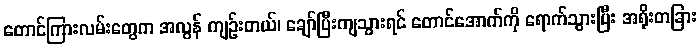
တောင်ကြားလမ်းတွေက အလွန် ကျဉ်းတယ်၊ ချော်ပြီးကျသွားရင် တောင်အောက်ကို ရောက်သွားပြီး အရိုးတခြား